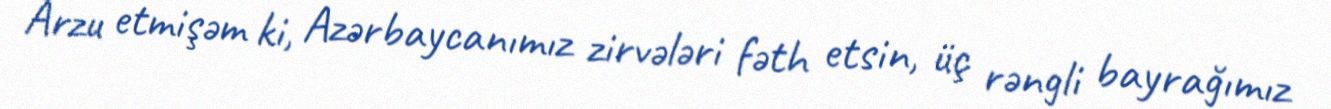
Arzu etmişəm ki, Azərbaycanımız zirvələri fəth etsin, üç rəngli bayrağımız